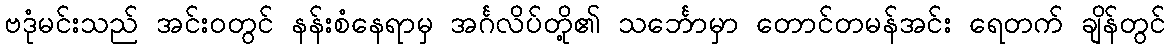
ဗဒုံမင်းသည် အင်းဝတွင် နန်းစံနေရာမှ အင်္ဂလိပ်တို့၏ သင်္ဘောမှာ တောင်တမန်အင်း ရေတက် ချိန်တွင်